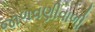
જાળવણીવાળી